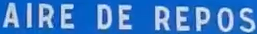
AIRE DE REPOS